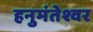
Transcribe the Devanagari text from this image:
हनुमंतेश्वर